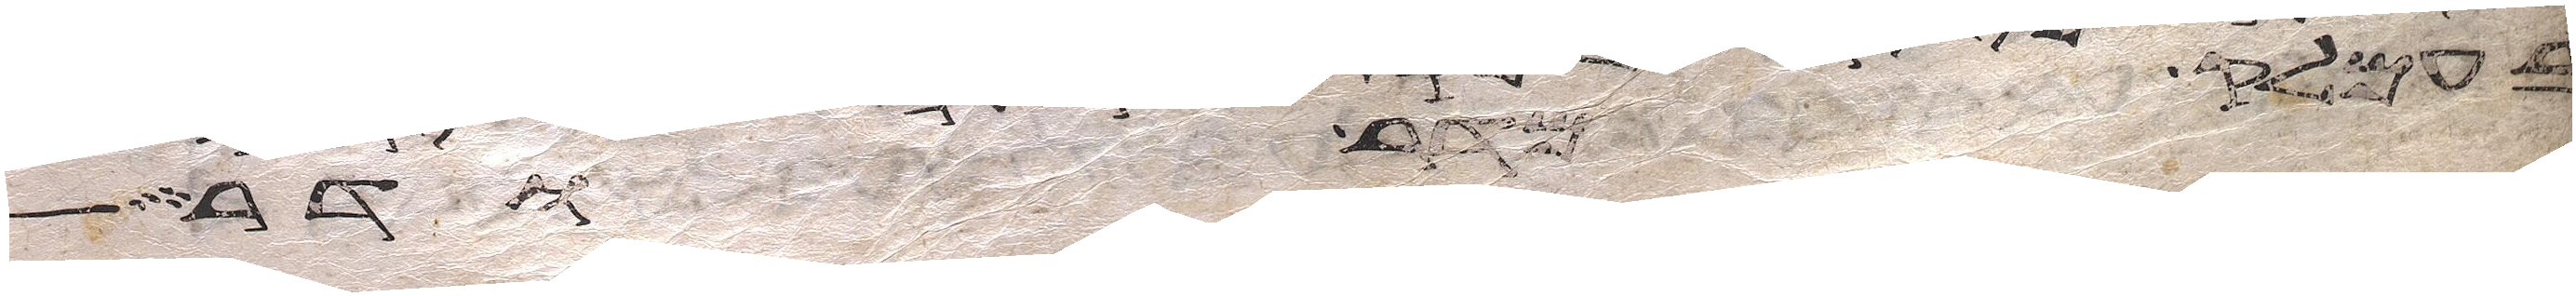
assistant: בלב ים אמר אויב ארדף